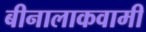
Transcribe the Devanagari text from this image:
बीनालाकवामी